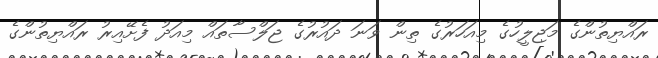
ރައްޔިތުންގެ މަޖިލީހުގެ މިއަހަރުގެ ތިން ވަނަ ދައުރުގެ ޖަލްސާތައް މިއަދު ފެށޭއިރު ރައްޔިތުންގެ